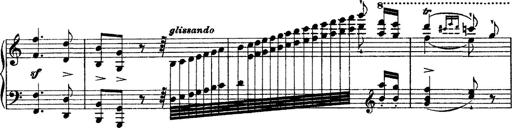
Title: Grandes Ã©tudes de Paganini
Composer: Franz Liszt